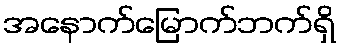
အနောက်မြောက်ဘက်ရှိ